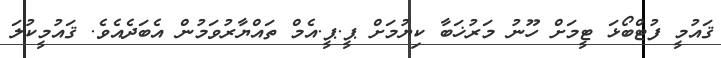
ޤައުމީ ފުޓްބޯޅަ ޓީމަށް ހޫނު މަރުޚަބާ ކިޔުމަށް ޕީ.ޕީ.އެމް ތައްޔާރުވަމުުން އެބަދެއެވެ. ޤައުމީކުލަ